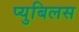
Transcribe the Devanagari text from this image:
प्युबिलस